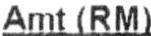
AMT(RM)